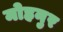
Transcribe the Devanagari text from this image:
मोहनुर